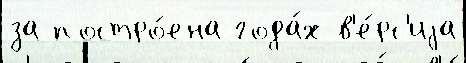
за постро́ена года́х в'е́рс'иjа